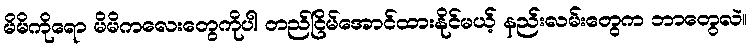
မိမိကိုရော မိမိကလေးတွေကိုပါ တည်ငြိမ်အောင်ထားနိုင်မယ့် နည်းလမ်းတွေက ဘာတွေလဲ။